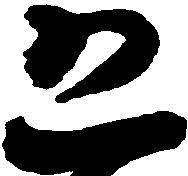
恐